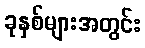
ခုနှစ်များအတွင်း